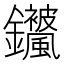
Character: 𬬣